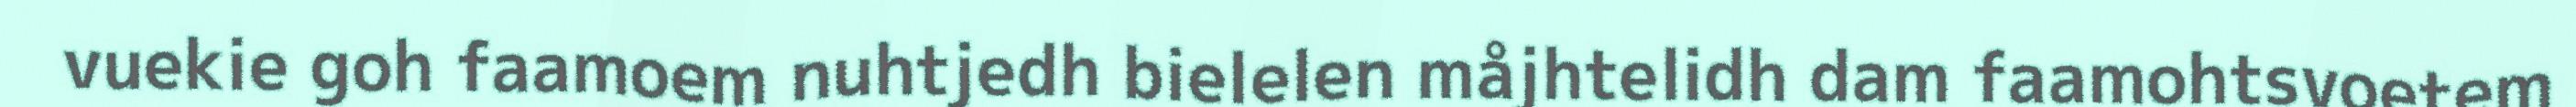
vuekie goh faamoem nuhtjedh bielelen måjhtelidh dam faamohtsvoetem